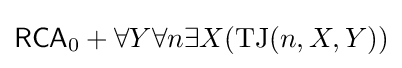
{\mathsf {RCA}}_{0}+\forall Y\forall n\exists X({\textrm {TJ}}(n,X,Y))